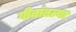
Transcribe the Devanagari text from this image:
गीतांतल्या